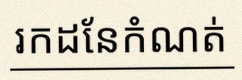
រកដែនកំណត់